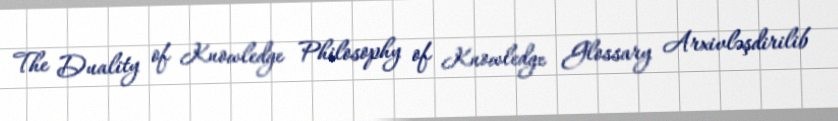
The Duality of Knowledge Philosophy of Knowledge Glossary Arxivləşdirilib